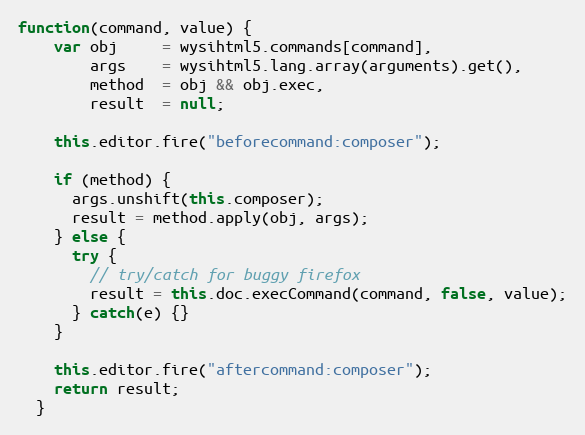
Language: JavaScript
function(command, value) {
    var obj     = wysihtml5.commands[command],
        args    = wysihtml5.lang.array(arguments).get(),
        method  = obj && obj.exec,
        result  = null;

    this.editor.fire("beforecommand:composer");

    if (method) {
      args.unshift(this.composer);
      result = method.apply(obj, args);
    } else {
      try {
        // try/catch for buggy firefox
        result = this.doc.execCommand(command, false, value);
      } catch(e) {}
    }

    this.editor.fire("aftercommand:composer");
    return result;
  }